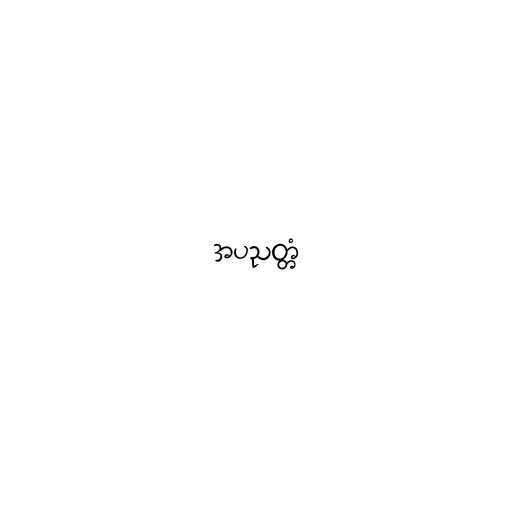
အပညတ္တံ